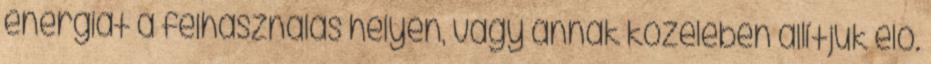
energiát a felhasználás helyén, vagy annak közelében állítjuk elő.